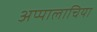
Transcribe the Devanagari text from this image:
अप्पालाचिया